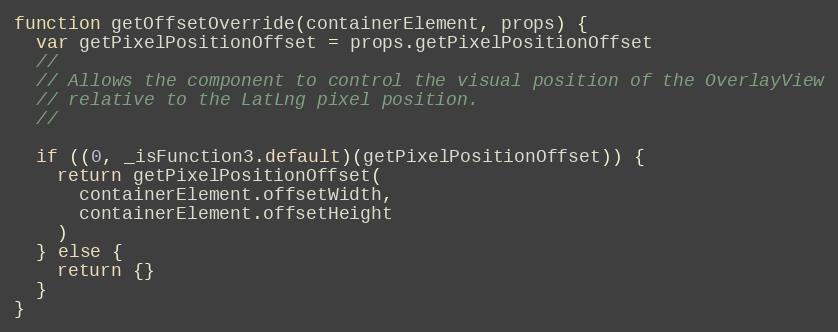
Language: JavaScript
function getOffsetOverride(containerElement, props) {
  var getPixelPositionOffset = props.getPixelPositionOffset
  //
  // Allows the component to control the visual position of the OverlayView
  // relative to the LatLng pixel position.
  //

  if ((0, _isFunction3.default)(getPixelPositionOffset)) {
    return getPixelPositionOffset(
      containerElement.offsetWidth,
      containerElement.offsetHeight
    )
  } else {
    return {}
  }
}